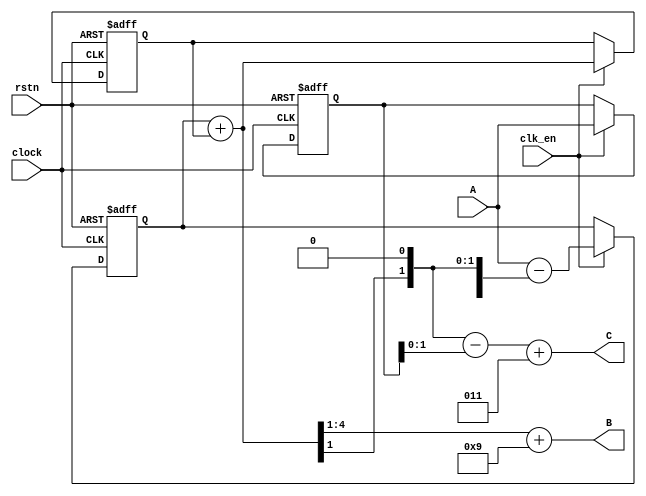
// ###########################################
//# Verilog code for Segmentation Version 1.4 #
//# A: Inputs 5bits;                          #
//# B: output 4bits;                          #
//# C: output 2bits;                          #
//# With output offset for B and C            #
//# Change for noise cancellation             #
// ###########################################

module Segmentation_V1p4(clock,clk_en,rstn,A,B,C);

input clock,clk_en,rstn;
input  signed [4:0] A; // input  signal
output signed [5:0] B; // output signal
output signed [3:0] C; // output signal

reg  signed [4:0] SD;
reg  signed [4:0] ED; 
reg  signed [4:0] AD;
wire signed [4:0] E; //input signal
wire signed [4:0] S; //feedback quantization signal
wire signed [3:0] BW; //wire for B output
wire signed [4:0] CW; //wire for C output
wire signed [1:0] C1;

//Node E
assign E=A-{BW,1'b0};

//Node S
assign S=ED+SD;

//Node SD
always @(posedge clock or negedge rstn)begin //first integrator
	if(rstn==0)begin
		SD<=0;
		ED<=0;
		AD<=0;
	end
	else if(clk_en)begin
		SD<=S;
		ED<=E;
		AD<=A;
	end
	else begin
		SD<=SD;
		ED<=ED;
		AD<=AD;
	end
end

//Node B and Trunctor
assign BW=S[4:1];

//Node C
assign CW={BW,1'b0}-AD;
assign C1=CW[1:0];

//Output Ports with offset
assign B=BW+9;
assign C=C1+3;

endmodule